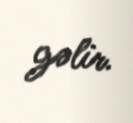
gəlir.